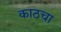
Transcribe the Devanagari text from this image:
काठचा